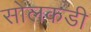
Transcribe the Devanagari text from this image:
सोलकडी